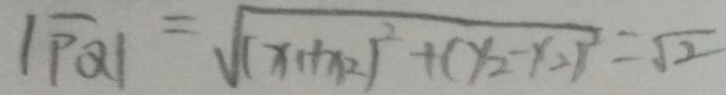
\vert \overline { P Q } \vert = \sqrt { ( x _ { 1 } + x _ { 2 } ) ^ { 2 } + ( y _ { 2 } - y _ { 2 } ) ^ { 2 } } = \sqrt { 2 }